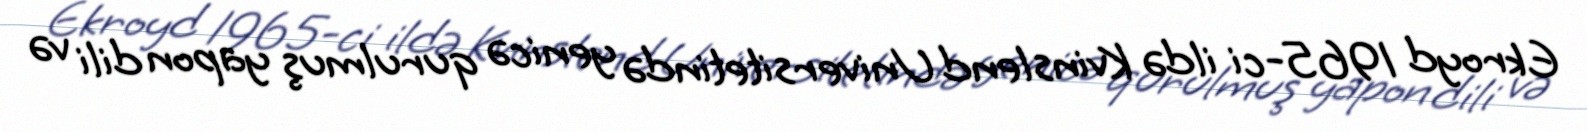
Ekroyd 1965-ci ildə Kvinslend Universitetində yenicə qurulmuş yapon dili və